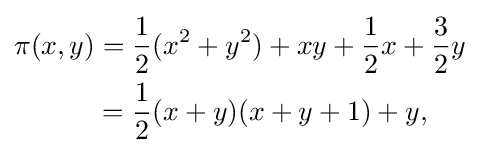
{\begin{aligned}\pi (x,y)&={\frac {1}{2}}(x^{2}+y^{2})+xy+{\frac {1}{2}}x+{\frac {3}{2}}y\\&={\frac {1}{2}}(x+y)(x+y+1)+y,\end{aligned}}